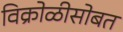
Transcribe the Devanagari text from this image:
विक्रोळीसोबत